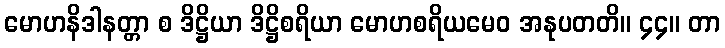
မောဟနိဒါနတ္တာ စ ဒိဋ္ဌိယာ ဒိဋ္ဌိစရိယာ မောဟစရိယမေဝ အနုပတတိ။ ၄၄။ တာ